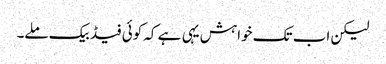
لیکن اب تک خواہش یہی ہے کہ کوئی فیڈ بیک ملے۔